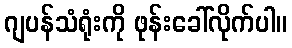
ဂျပန်သံရုံးကို ဖုန်းခေါ်လိုက်ပါ။